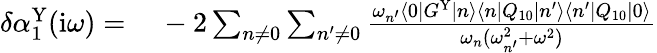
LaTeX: \begin{array}{rl}{\delta\alpha_{1}^{\mathrm{Y}}(\mathrm{i}\omega)=\, }&{{}-2\sum_{n\ne 0}\sum_{n^{\prime}\ne 0}\frac{\omega_{n^{\prime}}\langle 0|G^{\mathrm{Y}}|n\rangle\langle n|Q_{10}|n^{\prime}\rangle\langle n^{\prime}|Q_{10}|0\rangle}{\omega_{n}(\omega_{n^{\prime}}^{2}+\omega^{2})}}\end{array}